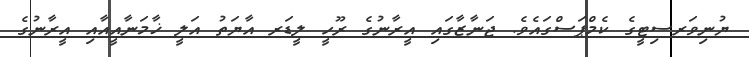
ޔުނިވަރސިޓީގެ ކެމްޕަސްގައެވެ. ޖަނާޒާގައި އީރާނުގެ ރޫހީ ލީޑަރ އާޔަތު އަލީ ޚާމަނާއީއާއި އީރާނުގެ